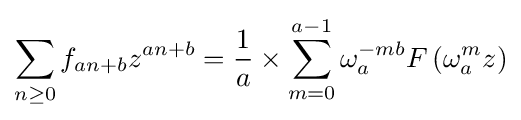
\sum _{n\geq 0}f_{an+b}z^{an+b}={\frac {1}{a}}\times \sum _{m=0}^{a-1}\omega _{a}^{-mb}F\left(\omega _{a}^{m}z\right)